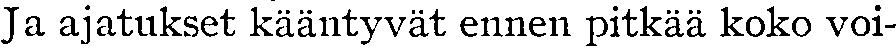
Ja ajatukset kääntyvät ennen pitkää koko voi-